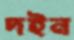
দইন